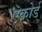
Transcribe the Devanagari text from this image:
एकोर्ड